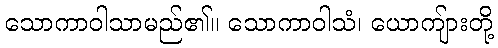
သောကာဝါသာမည်၏။ သောကာဝါသံ၊ ယောကျ်ားတို့